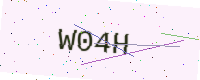
Text: W04H